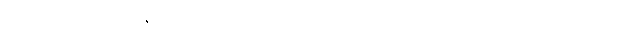
အကြောင်းကြောင့်။ ဇရာမရဏံ၊ အိုခြင်း သေခြင်းသည်။ ဟောတိ၊ ဖြစ်၏။ ဣတိ (ဧတံ ဧသော